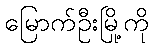
မြောက်ဦးမြို့ကို